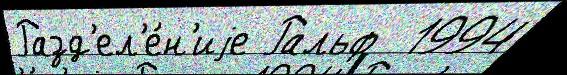
Разд'ел'е́н'иjе Ральф  1994